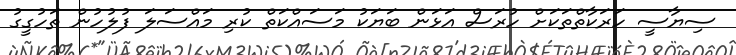
ސިޔާސީ ހަރަކާތްތަކަށް ހުރަސް އަޅަން ބަޔަކު މަސައްކަތް ކުރި މައްސަލަ ފުލުހުން ތަހުގީގު